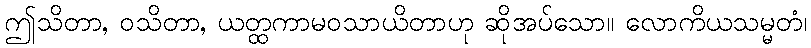
ဤသိတာ, ဝသိတာ, ယတ္ထကာမဝသာယိတာဟု ဆိုအပ်သော။ လောကိယသမ္မတံ၊